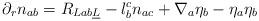
LaTeX: \begin{align*} \partial_r n_{ab} = R_{Lab\underline L} - l_b^c n_{ac} + \nabla_a \eta_b - \eta_a\eta_b\end{align*}